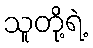
သူတို့ရဲ့